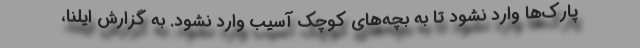
پارک‌ها وارد نشود تا به بچه‌های کوچک آسیب وارد نشود. به گزارش ایلنا،